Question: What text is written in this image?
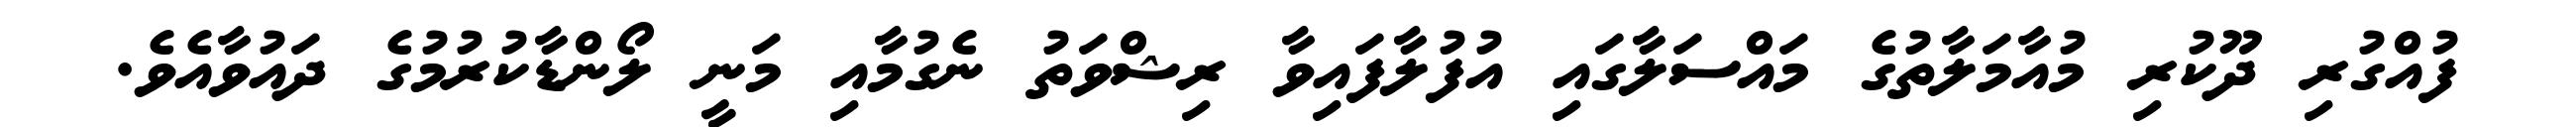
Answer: ފުއްގުރި ދޫކުރި މުއާމަލާތުގެ މައްސަލާގައި އުފުލާފައިވާ ރިޝްވަތު ނެގުމާއި މަނީ ލޯންޑާކުރުމުގެ ދައުވާއެވެ.